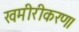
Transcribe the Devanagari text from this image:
खमीरीकरण।